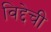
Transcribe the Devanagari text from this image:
विद्देची